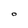
Character: O